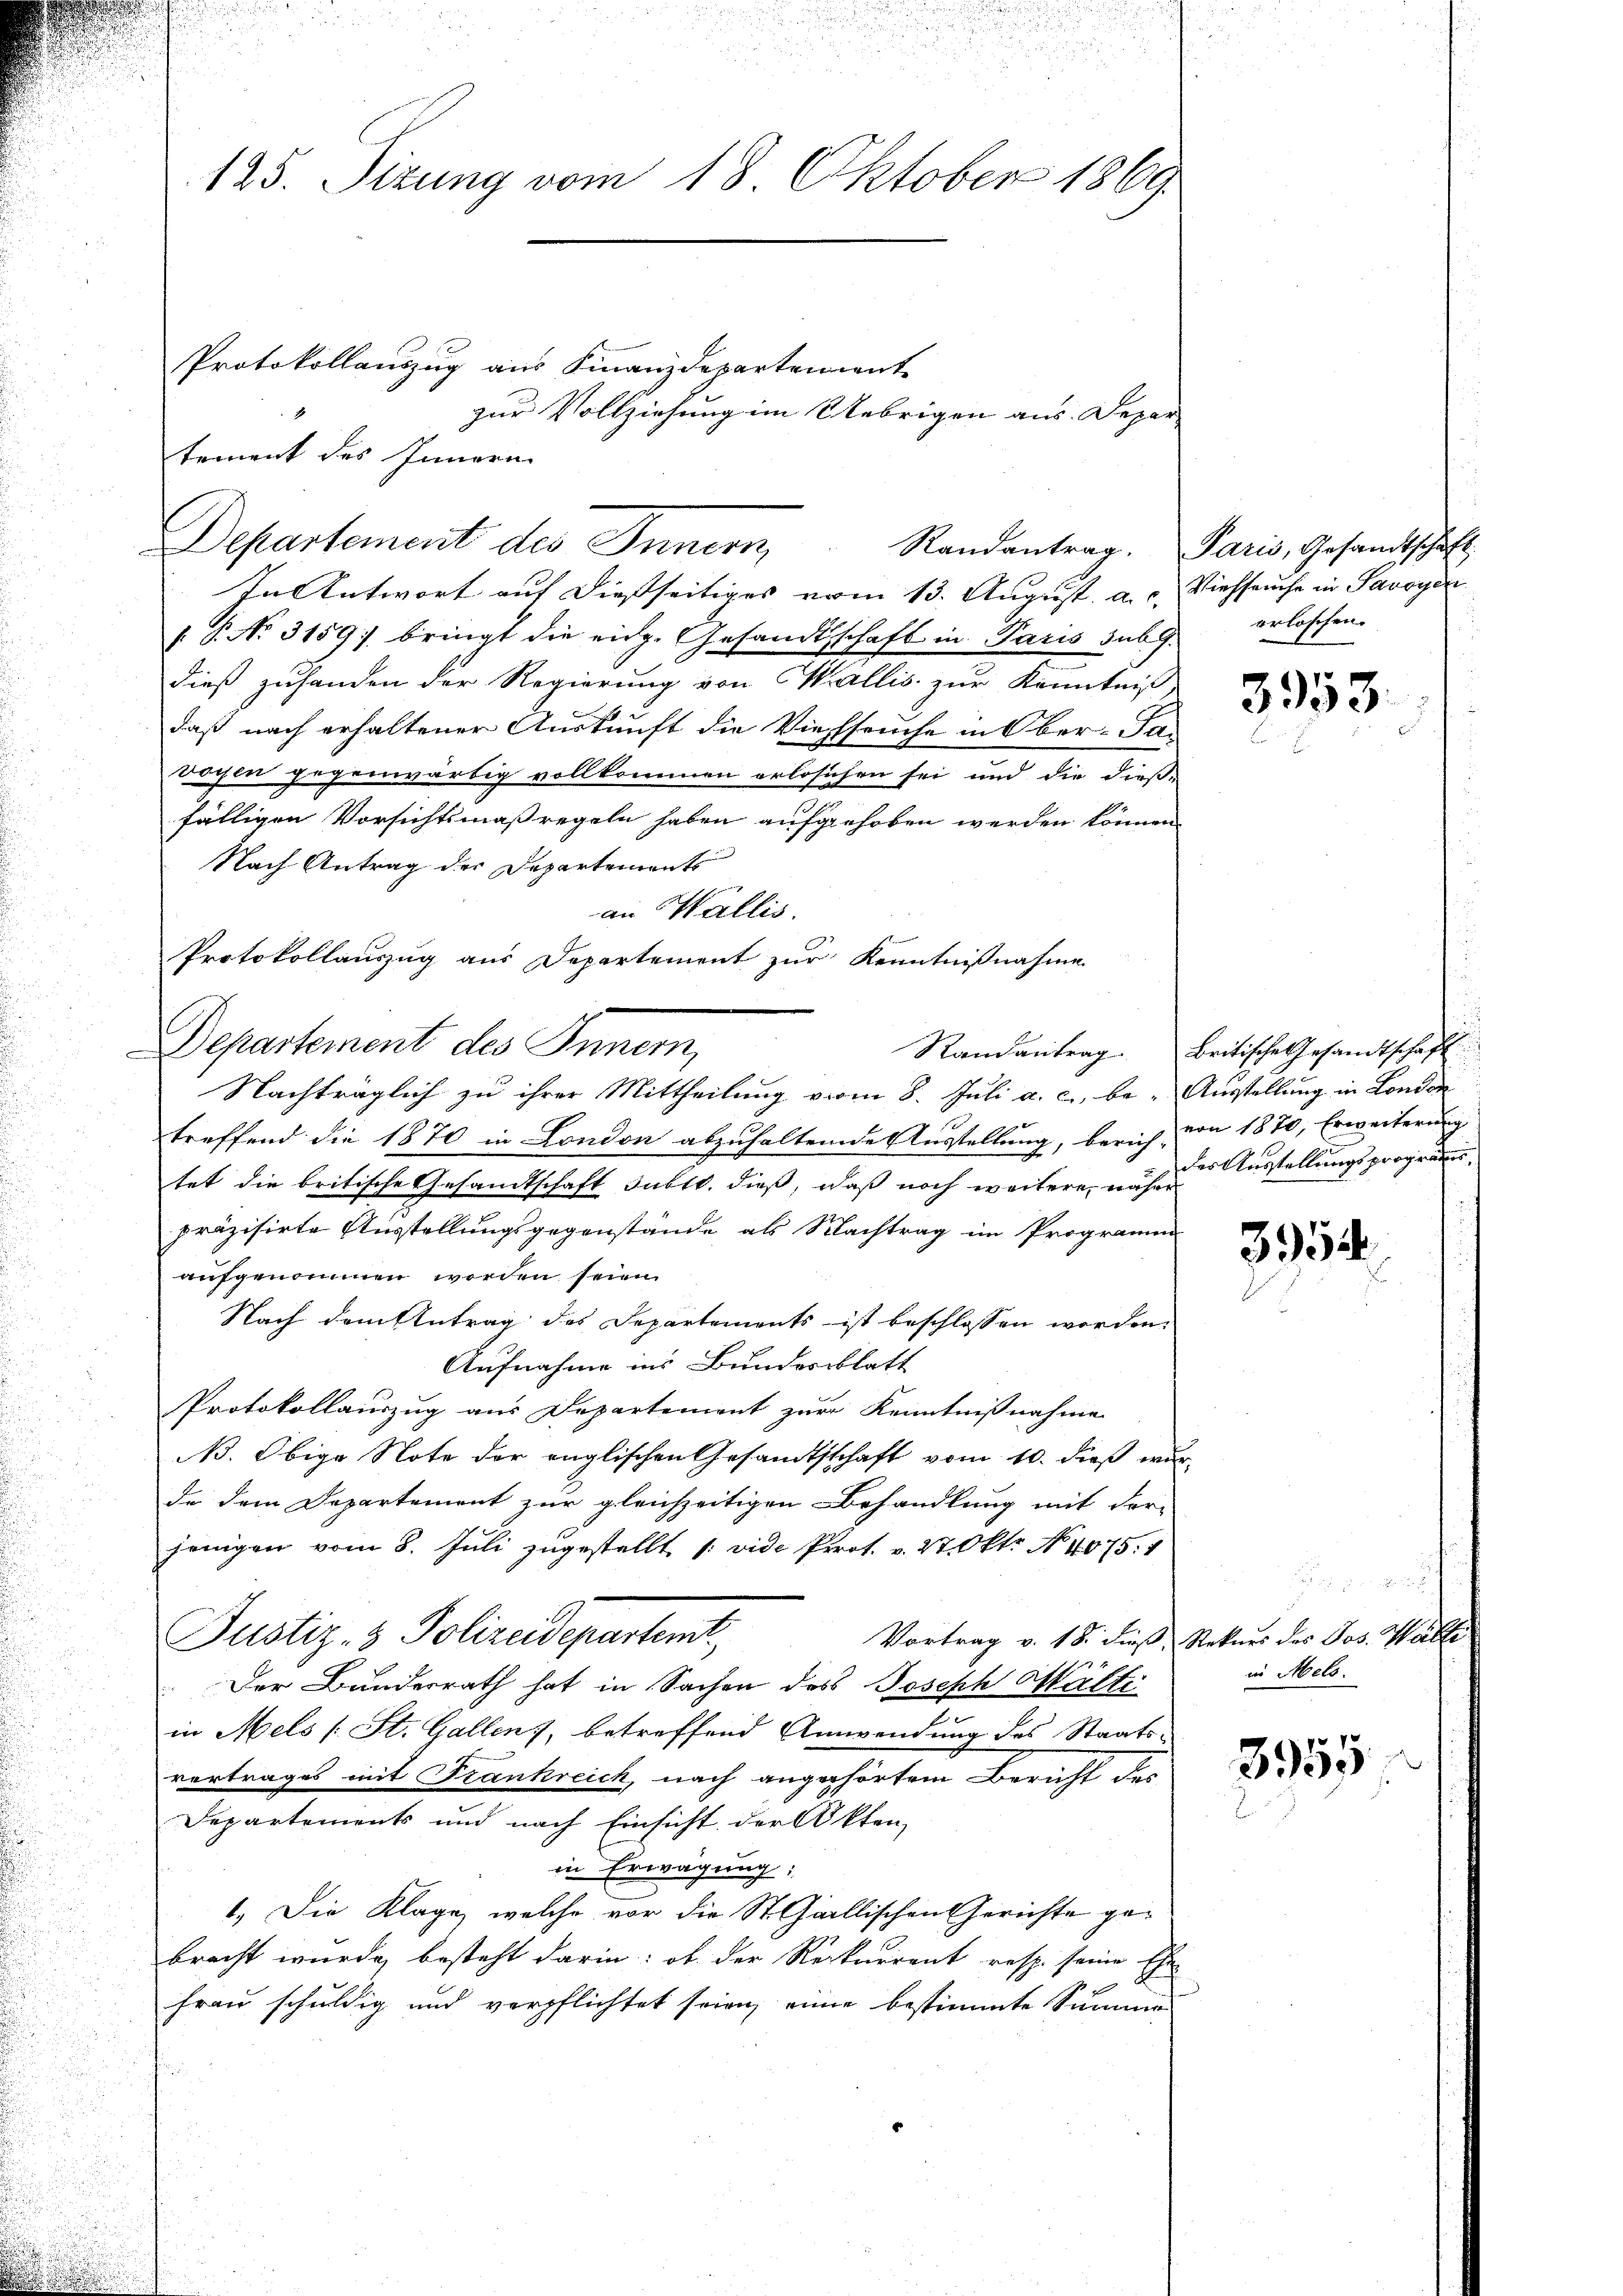
125. Sizung vom 18. Oktober 1869

Departement des Innern,

Randantrag

Protokollauszug aus Finanzdepartement
zur Vollziehung im Uebrigen aus. Depar
tement des Innern
In Antwort auf diesseitiges vom 13. August. a. c. Viehseuche in Savoyen
 P. No. 3159: bringt die eidg. Gesandtschaft in Paris subi erloschen.
dieß zuhanden der Regierung von Wallis zur Kenntniß
daß nach erhaltener Auskunft die Viehseuche in Ober-Fa-
vochen gegenwärtig vollkommen erlosichen sei und die dieß-
fälligen Vorsichtsmaßregeln haben aufgehoben werden können.
Nach Antrag der Departement
an Wallis.
Protokollauszug aus Departement zur Kenntnißnahme
Departement des Inner,
Nachträglich zu ihrer Mittheilung vom 8. Juli a. c., be- Ausstellung in London
treffend die 1870 in London abzuhaltende Ausstellung, berich von 1870, Erweiterung
tet die britische Gesandtschaft subtl. dieß, daß noch weitere, näher
präzisirte Ausstellungsgegenstände als Nachtrag im Programm
aufgenommen worden seien.
Nach dem Antrag des Departements ist beschlossen worden.
Aufnahme ins Bundesblatt
Protokollauszug aus Departement zur Kenntnißnahme
N. Obige Note der englischen Gesandtschaft vom 10. dieß wur
de dem Departement zur gleichzeitigen Behandlung mit der-
jenigen vom 8. Juli zugestellt [ vide Prot. v. 27 Okt. No. 4075. 1
Bustiz- & Polizeidepartemt
Vortrag v. 18. dieß, Rekurs des Jos. Walte
Der Bundesrath hat in Sachen des Joseph Ofälti
in Mels (St. Gallen, betreffend Anwendung des Staats-
vertrages mit Frankreich, nach angehörtem Bericht des
Departements und nach Einsicht der Akten,
in Erwägung:
1.) Die Klage, welche vor die St. Gallischen Gerichte gebracht wurde, besteht darin: ob der Rekurrent resp. seine Ehe
frau schuldig und verpflichtet sowie eine bestimmte Summe

Randantrag. Paris, Gesandtschaft,

3953.

Britische Gesandtschaft
des Ausstellungsprograms

354.

in Mels.

3955